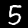
Digit: 5